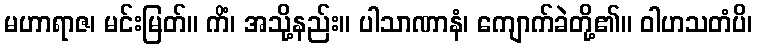
မဟာရာဇ၊ မင်းမြတ်။ ကိံ၊ အသို့နည်း။ ပါသာဏာနံ၊ ကျောက်ခဲတို့၏။ ဝါဟသတံပိ၊